255_413270_UFO's_and_Defense_What_Should_we_Prepare_For
Agency: NASA
Page 1
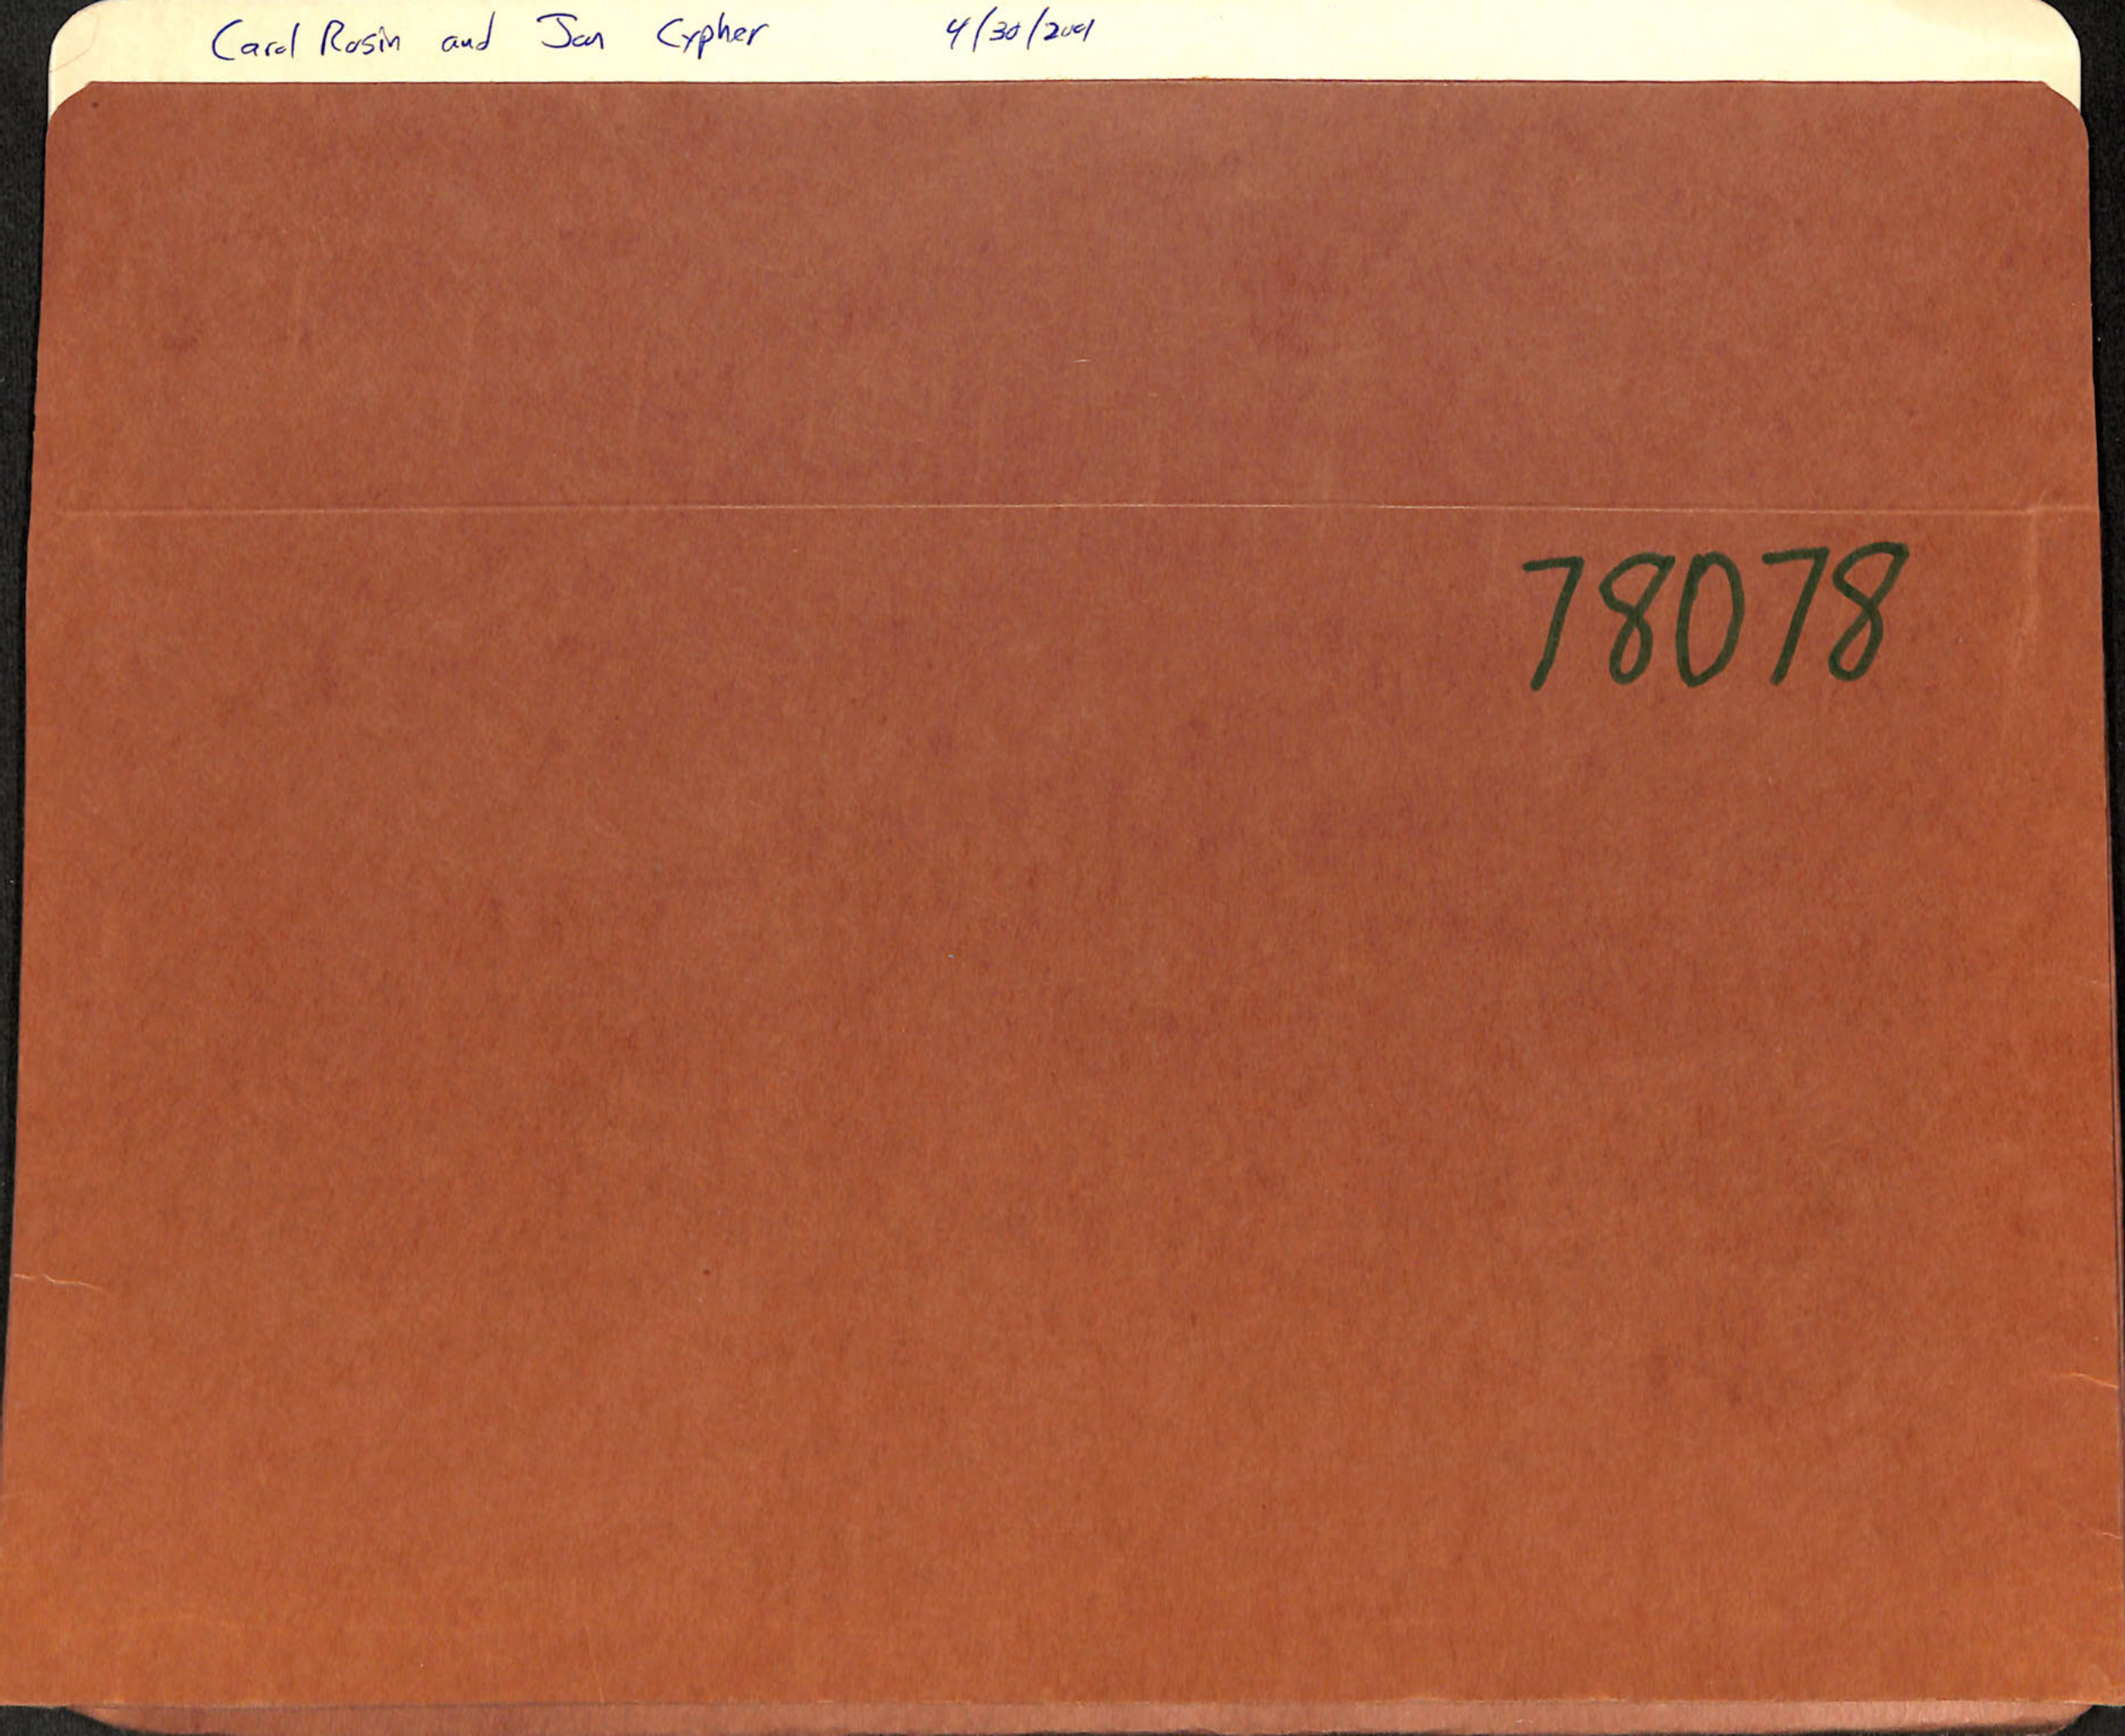